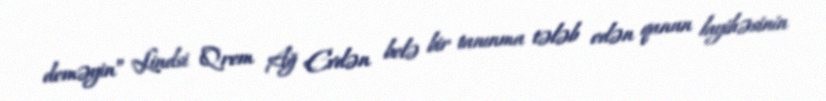
deməyin” Lindsi Qrem Ağ Evdən belə bir tanınma tələb edən qanun layihəsinin